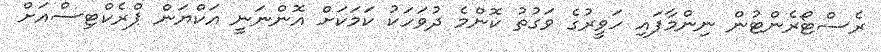
ރެސްޓޯރެންޓުން ނިންމާފައި ހަވީރުގެ ވަގުތު ކޮންމެ ދުވަހަކު ކަމަކަށް އޮންނަނީ އަކްޔަން ޕްރެކްޓިސްއަށް